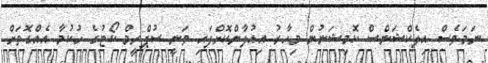
ނަމަވެސް އިލެކްޝަންސް ކޮމިޝަނުން މިހާރު އިއުލާންކޮށްފައި ވަނީ ސުޕްރީމް ކޯޓުގެ ހުކުމާ އެއްގޮތަށް